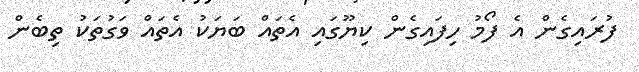
ފުރައިގެން އެ ފޯމު ހިފައިގެން ކިޔޫގައި އެތައް ބަޔަކު އެތައް ވަގުތަކު ތިބެން